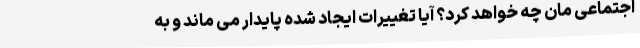
اجتماعی مان چه خواهد کرد؟ آیا تغییرات ایجاد شده پایدار می ماند و به